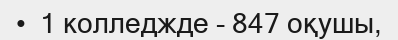
•  1 колледжде - 847 оқушы,